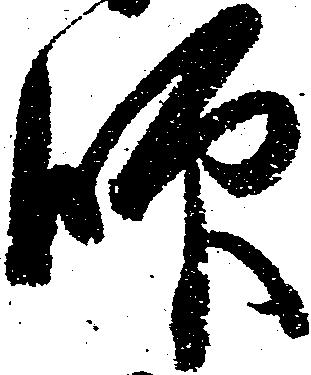
師